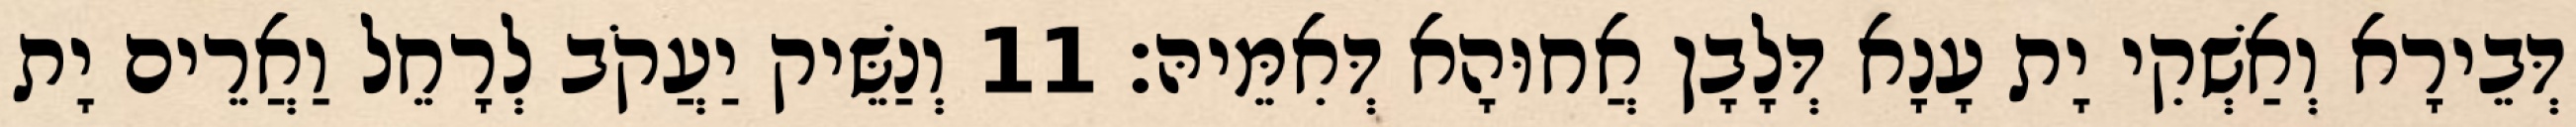
דְּבֵירָא וְאַשְׁקִי יָת עָנָא דְּלָבָן אֲחוּהָא דְּאִמֵּיהּ׃ 11 וְנַשֵּׁיק יַעֲקֹב לְרָחֵל וַאֲרֵים יָת